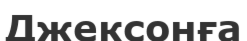
Джексонға